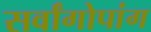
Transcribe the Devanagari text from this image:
सर्वांगोपांग